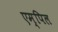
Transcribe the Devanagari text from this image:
एम्पिल